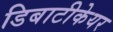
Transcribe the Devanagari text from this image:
डिबाटीकेयर